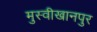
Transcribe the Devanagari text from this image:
मुस्वीखानपुर